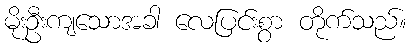
မိုးဦးကျသောအခါ လေပြင်းစွာ တိုက်သည်။